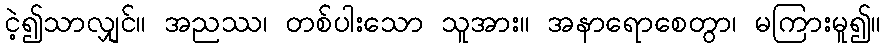
ငဲ့၍သာလျှင်။ အညဿ၊ တစ်ပါးသော သူအား။ အနာရောစေတွာ၊ မကြားမူ၍။